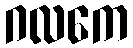
ဂလကေ